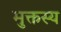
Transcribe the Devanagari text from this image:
मुक्तस्य